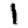
Digit: 1